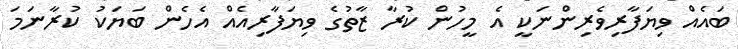
ބައެއް ވިޔަފާރިވެރިންނަކީ އެ މީހުން ކުރާ ޒާތުގެ ވިޔަފާރިއެއް އެހެން ބަޔަކު ކުރާނަމަ